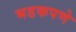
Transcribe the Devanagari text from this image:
भडकपणे